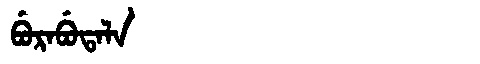
Manchu: ᠪᡠᡵᠠᠪᡠᡨᠠᠯᠠ
Romanization: BURABUTALA